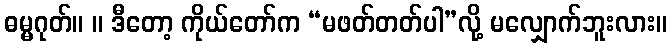
ဓမ္မဂုတ်။ ။ ဒီတော့ ကိုယ်တော်က “မဖတ်တတ်ပါ”လို့ မလျှောက်ဘူးလား။